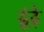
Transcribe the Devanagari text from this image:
ढूंढ़े